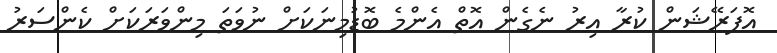
އޮޕަރޭޝަން ކުރާ އިރު ނެގެން އޮތް އެންމެ ބޮޑުމިނަކަށް ނުވަތަ މިންވަރަކަށް ކެންސަރު